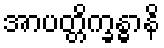
အာပတ္တိက္ခန္ဓာနိ